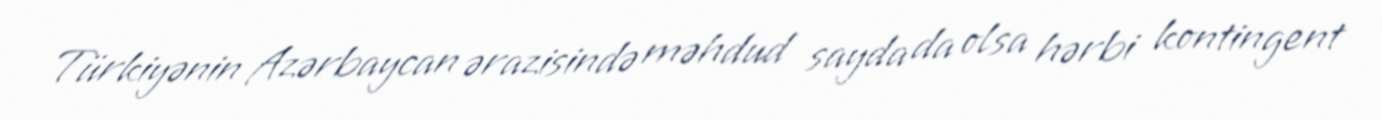
Türkiyənin Azərbaycan ərazisində məhdud sayda da olsa hərbi kontingent